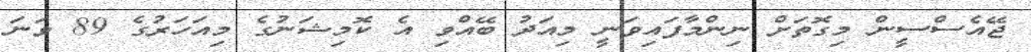
ޖޭއެސްސީން މިގޮތަށް ނިންމާފައިވަނީ މިއަދު ބޭއްވި އެ ކޮމިޝަނުގެ މިއަހަރުގެ 89 ވަނަ